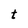
Character: t